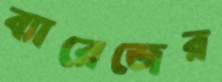
ব্যারেজের